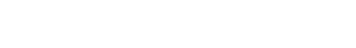
ကျွန်တော်တို့ အခန်း အမြဲ ရွှင်လန်းနေတော့ ကောင်းတယ်။